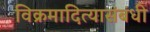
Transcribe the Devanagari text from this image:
विक्रमादित्यासंबंधी